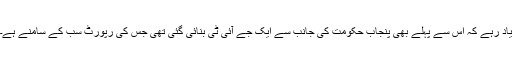
یاد رہے کہ اس سے پہلے بھی پنجاب حکومت کی جانب سے ایک جے آئی ٹی بنائی گئی تھی جس کی رپورٹ سب کے سامنے ہے۔